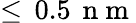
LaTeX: \leq\, 0.5\, \mathrm{~n~m~}